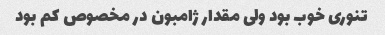
تنوری خوب بود ولی مقدار ژامبون در مخصوص کم بود